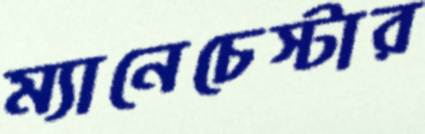
ম্যানেচেস্টার